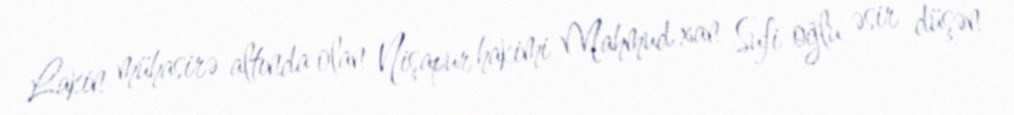
Lakin mühasirə altında olan Nişapur hakimi Mahmud xan Sufi oğlu əsir düşən